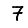
Digit: 7